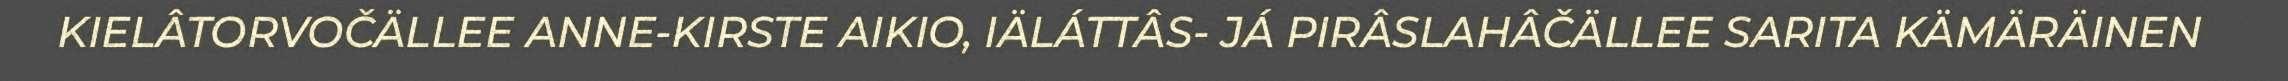
KIELÂTORVOČÄLLEE ANNE-KIRSTE AIKIO, IÄLÁTTÂS- JÁ PIRÂSLAHÂČÄLLEE SARITA KÄMÄRÄINEN